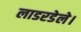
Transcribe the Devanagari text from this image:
लाडरडेले।